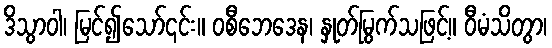
ဒိသွာဝါ၊ မြင်၍သော်၎င်း။ ဝစီဘေဒေန၊ နှုတ်မြွက်သဖြင့်။ ဝီမံသိတွာ၊